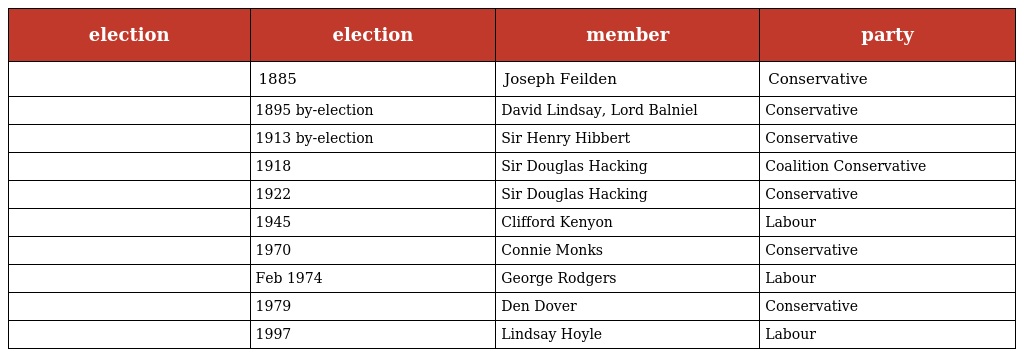
| election | election | member | party |
 | --- | --- | --- | --- |
 |  | 1885 | Joseph Feilden | Conservative |
 |  | 1895 by-election | David Lindsay, Lord Balniel | Conservative |
 |  | 1913 by-election | Sir Henry Hibbert | Conservative |
 |  | 1918 | Sir Douglas Hacking | Coalition Conservative |
 |  | 1922 | Sir Douglas Hacking | Conservative |
 |  | 1945 | Clifford Kenyon | Labour |
 |  | 1970 | Connie Monks | Conservative |
 |  | Feb 1974 | George Rodgers | Labour |
 |  | 1979 | Den Dover | Conservative |
 |  | 1997 | Lindsay Hoyle | Labour |